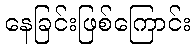
နေခြင်းဖြစ်ကြောင်း